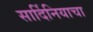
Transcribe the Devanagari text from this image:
सार्दिनियाचा